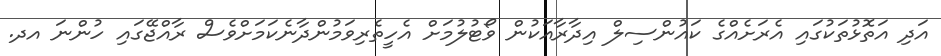
އަދި އަތޮޅުތަކުގައި އެރަށެއްގެ ކައުންސިލް އިދާރާއަކުން ވޯޓުލުމަށް އެހީތެރިވަމުންދާނެކަމަށްވެސް ރާއްޖޭގައި ހުންނަ އދ.